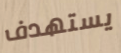
يستهدف